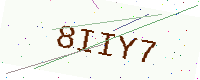
Text: 8IIY7